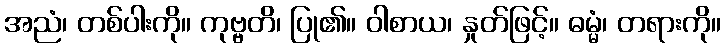
အညံ၊ တစ်ပါးကို။ ကုဗ္ဗတိ၊ ပြု၏။ ဝါစာယ၊ နှုတ်ဖြင့်။ ဓမ္မံ၊ တရားကို။